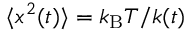
\langle x ^ { 2 } ( t ) \rangle = k _ { \mathrm { B } } T / k ( t )